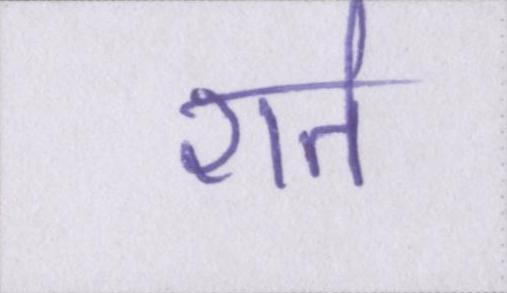
शर्त